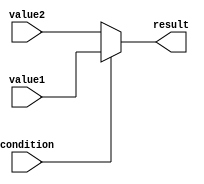
module conditional_assignment (
    input wire condition,      // Boolean condition input
    input wire [7:0] value1,  // Value for true case
    input wire [7:0] value2,  // Value for false case
    output reg [7:0] result    // Output variable
);

    // Behavioral block using the conditional operator
    always @(*) begin
        result = condition ? value1 : value2; // Conditional assignment
    end

endmodule